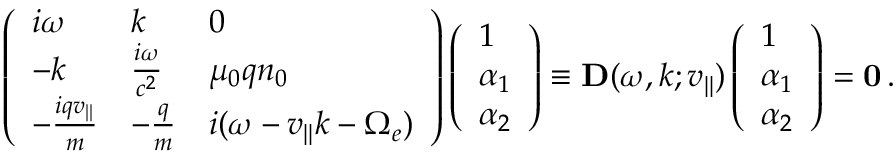
\left( \begin{array} { l l l } { i \omega } & { k } & { 0 } \\ { - k } & { \frac { i \omega } { c ^ { 2 } } } & { \mu _ { 0 } q n _ { 0 } } \\ { - \frac { i q v _ { | | } } { m } } & { - \frac { q } { m } } & { i ( \omega - v _ { | | } k - \Omega _ { e } ) } \end{array} \right) \left( \begin{array} { l } { 1 } \\ { \alpha _ { 1 } } \\ { \alpha _ { 2 } } \end{array} \right) \equiv { \bf D } ( \omega , k ; v _ { | | } ) \left( \begin{array} { l } { 1 } \\ { \alpha _ { 1 } } \\ { \alpha _ { 2 } } \end{array} \right) = { \bf 0 } \, .